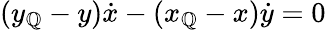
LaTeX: (y_{\mathbb{Q}}-y){\dot{{x}}}-(x_{\mathbb{Q}}-x){\dot{{y}}}=0